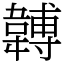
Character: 䪙